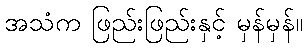
အသံက ဖြည်းဖြည်းနှင့် မှန်မှန်။